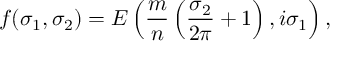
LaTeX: f ( \sigma _ { 1 } , \sigma _ { 2 } ) = E \left( \frac { m } { n } \left( \frac { \sigma _ { 2 } } { 2 \pi } + 1 \right) , i \sigma _ { 1 } \right) ,